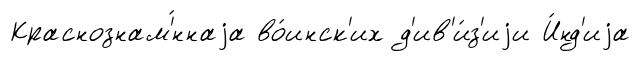
Краснознам'́ннаjа во́инск'их д'ив'и́з'иjи И́нд'иjа